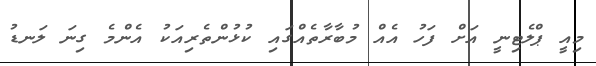
މިއީ ޕްލެޓިނީ އަށް ފަހު އެއް މުބާރާތެއްގައި ކުޅުންތެރިއަކު އެންމެ ގިނަ ލަނޑު